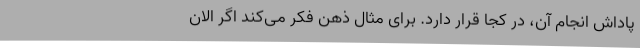
پاداش‌ انجام آن، در کجا قرار دارد. برای مثال ذهن فکر می‌کند اگر الان